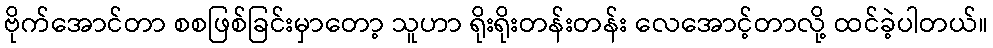
ဗိုက်အောင်တာ စစဖြစ်ခြင်းမှာတော့ သူဟာ ရိုးရိုးတန်းတန်း လေအောင့်တာလို့ ထင်ခဲ့ပါတယ်။